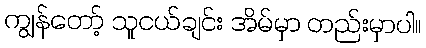
ကျွန်တော့် သူငယ်ချင်း အိမ်မှာ တည်းမှာပါ။